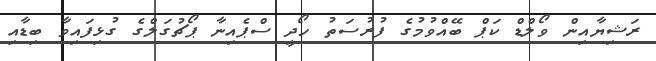
ރަޝިޔާއިން ވޯލްޑް ކަޕް ބޭއްވުމުގެ ފުރުސަތު ހޯދީ ސްޕެއިނާ ޕޯޗުގަލްގެ ގުޅިފައިވާ ބިޑާއި